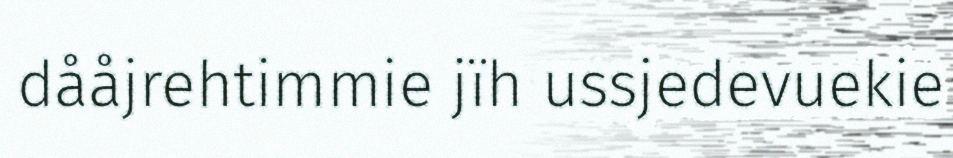
dååjrehtimmie jïh ussjedevuekie